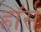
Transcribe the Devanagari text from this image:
हाॅर्स